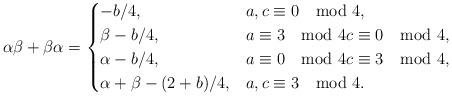
LaTeX: \begin{align*} \alpha\beta+\beta\alpha=\begin{cases} -b/4, &a,c\equiv0\mod 4, \\ \beta-b/4, &a\equiv3\mod 4c\equiv0\mod 4, \\ \alpha-b/4, &a\equiv0\mod 4c\equiv 3\mod 4,\\ \alpha+\beta-(2+b)/4, &a,c\equiv3\mod 4. \end{cases} \end{align*}